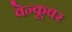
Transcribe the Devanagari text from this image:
वेन्कूवर